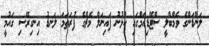
ލަންޑަންގެ ވެމްބްލީ ސްޓޭޑިއަމްގައި ކުޅުނު ފައިނަލް މެޗްގެ ފުރަތަމަ ލަނޑު އިނގިރޭސި ގައުމީ